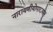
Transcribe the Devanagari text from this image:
नारायणीयोपाख्यान